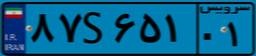
۹۳S۶۹۸۵۸